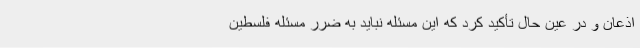
اذعان و در عین حال تأکید کرد که این مسئله نباید به ضرر مسئله فلسطین